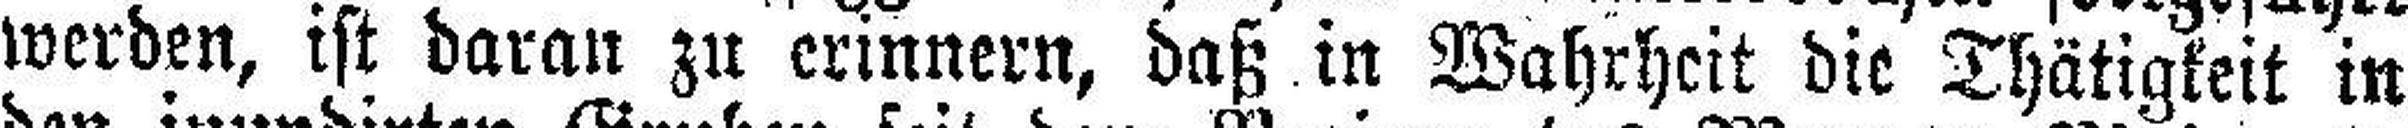
werden, ist daran zu erinnern, daß in Wahrheit die Thätigkeit in